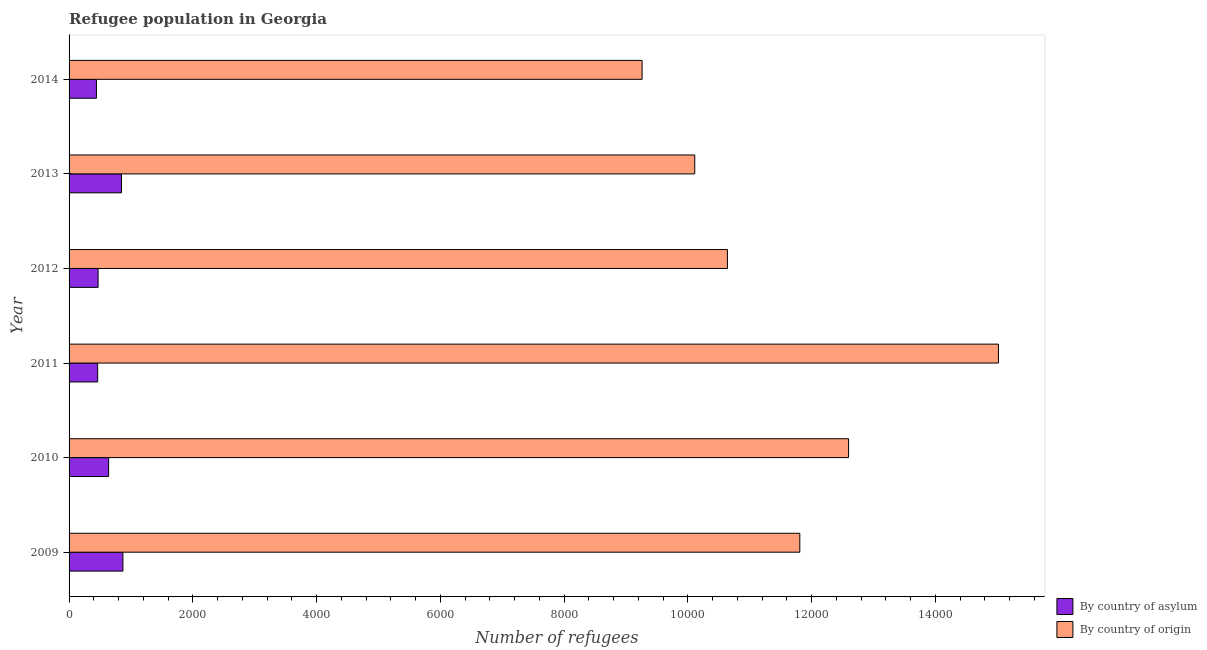
| Year | By country of asylum | By country of origin |
 | --- | --- | --- |
 | 2009 | 870 | 1.18e+04 |
 | 2010 | 639 | 1.26e+04 |
 | 2011 | 462 | 1.5e+04 |
 | 2012 | 469 | 1.06e+04 |
 | 2013 | 847 | 1.01e+04 |
 | 2014 | 442 | 9.26e+03 |